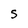
Character: 5